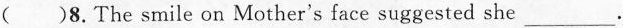
( )8.The smile on Mother's face suggested she ___